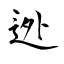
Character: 迯